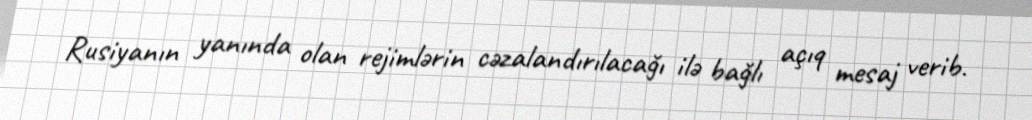
Rusiyanın yanında olan rejimlərin cəzalandırılacağı ilə bağlı açıq mesaj verib.